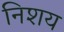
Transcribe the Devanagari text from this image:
निशय